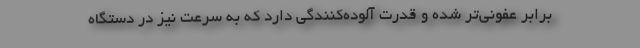
برابر عفونی‌تر شده و قدرت آلوده‌کنندگی دارد که به سرعت نیز در دستگاه